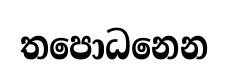
තපොධනෙන